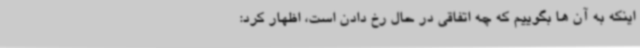
اینکه به آن ها بگوییم که چه اتفاقی در حال رخ دادن است، اظهار کرد: